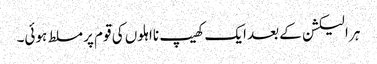
ہر الیکشن کے بعد ایک کھیپ نااہلوں کی قوم پر مسلط ہوئی۔